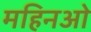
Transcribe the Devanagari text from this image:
महिनओ